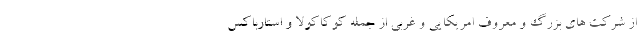
از شرکت های بزرگ و معروف امریکایی و غربی از جمله کوکاکولا و استارباکس